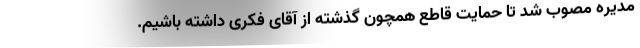
مدیره مصوب شد تا حمایت قاطع همچون گذشته از آقای فکری داشته باشیم.